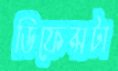
ডিফেন্সটা